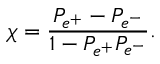
\chi = { \frac { P _ { e ^ { + } } - P _ { e ^ { - } } } { 1 - P _ { e ^ { + } } P _ { e ^ { - } } } } .